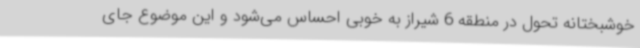
خوشبختانه تحول در منطقه 6 شیراز به خوبی احساس می‌شود و این موضوع جای